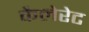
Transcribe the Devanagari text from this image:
कैलेरेट